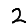
Digit: 2